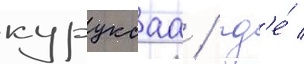
куруксаа / гд'е́ /